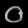
Digit: ၀